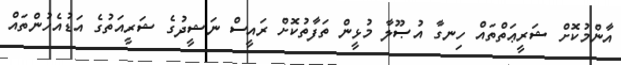
އާންމުކޮށް ޝަރީޢަތްތައް ހިނގާ އުޞޫލާ މުޅީން ތަފާތުކޮށް ރައީސް ނަޝީދުގެ ޝަރީއަތުގެ އަޑުއެހުންތައް